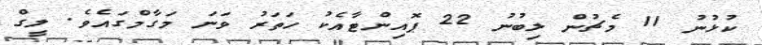
ކުޅުނު 11 މެޗުން ލިބުނު 22 ޕޮއިންޓާއެކު ހަތަރު ވަނަ މަގާމްގައެވެ. ލީގް